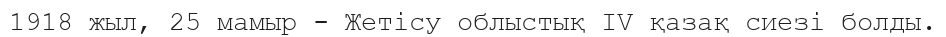
1918 жыл, 25 мамыр - Жетісу облыстық IV қазақ сиезі болды.